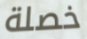
خصلة